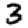
Digit: 3